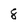
Character: 8